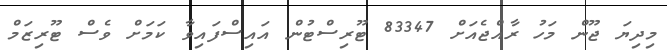
މިދިޔަ ޖޫން މަހު ރާއްޖެއަށް 83347 ޓޫރިސްޓުން އައިސްފައިވާ ކަމަށް ވެސް ޓޫރިޒަމް